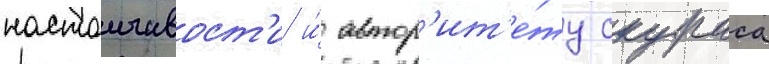
настоичивост'и и́ автор'ит'е́ту скураса